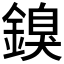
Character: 𲇙